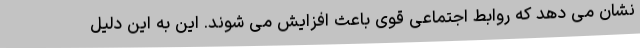
نشان می دهد که روابط اجتماعی قوی باعث افزایش می شوند. این به این دلیل